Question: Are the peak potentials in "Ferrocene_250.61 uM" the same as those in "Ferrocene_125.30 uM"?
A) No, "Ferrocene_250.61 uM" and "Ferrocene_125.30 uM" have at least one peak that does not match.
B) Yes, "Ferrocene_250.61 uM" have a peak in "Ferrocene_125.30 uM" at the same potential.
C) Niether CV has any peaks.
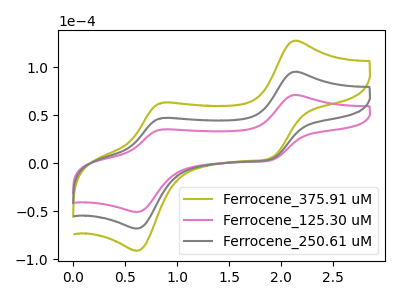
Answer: <think>The olive curve "Ferrocene_375.91 uM" has anodic peaks at (2.15V, 190.50uA) (0.85V, 94.20uA) and cathodic peaks at (1.90V, 8.30uA) (0.60V, -136.00uA). The pink curve "Ferrocene_125.30 uM" has anodic peaks at (2.15V, 71.10uA) (0.85V, 35.15uA) and cathodic peaks at (1.90V, 3.10uA) (0.60V, -50.75uA). The gray curve "Ferrocene_250.61 uM" has anodic peaks at (2.15V, 95.25uA) (0.85V, 47.10uA) and cathodic peaks at (1.90V, 4.15uA) (0.60V, -68.00uA).</think>
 <answer>B) Yes, "Ferrocene_250.61 uM" have a peak in "Ferrocene_125.30 uM" at the same potential.</answer>
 <eval>B</eval>